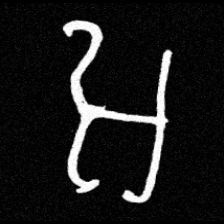
Pyu character \u2014 Myanmar letter: အ (romanized: a)